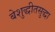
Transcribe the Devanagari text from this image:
बेशुद्धीतसुद्धा